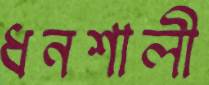
ধনশালী